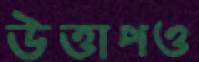
উত্তাপও